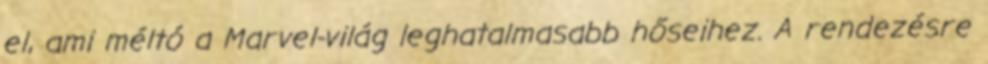
el, ami méltó a Marvel-világ leghatalmasabb hőseihez. A rendezésre